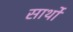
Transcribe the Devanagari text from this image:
सार्थो